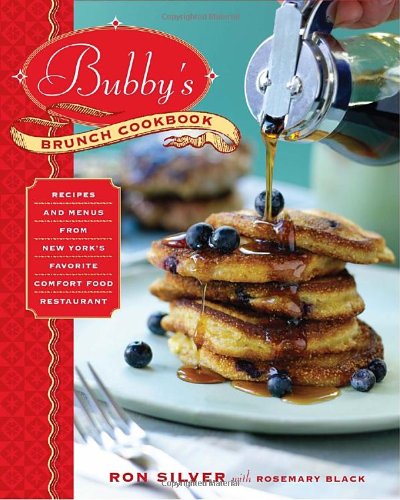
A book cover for Bubby's Brunch Cookbook: Recipes and Menus from New York's Favorite Comfort Food Restaurant; Ron Silver; Cookbooks, Food & Wine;